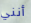
أنني